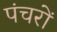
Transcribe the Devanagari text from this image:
पंचरों